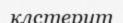
клстерит